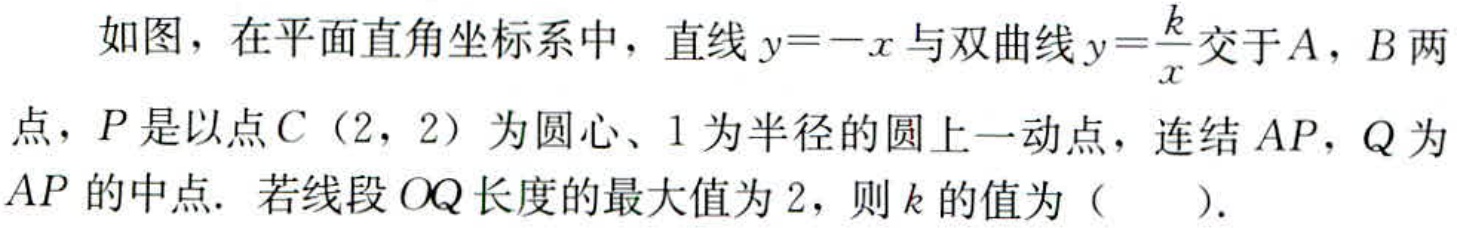
如图，在平面直角坐标系中，直线\(y = -x\)与双曲线\(y=\frac{k}{x}\)交于\(A\)，\(B\)两点，\(P\)是以点\(C(2,2)\)为圆心、\(1\)为半径的圆上一动点，连结\(AP\)，\(Q\)为\(AP\)的中点. 若线段\(OQ\)长度的最大值为\(2\)，则\(k\)的值为（  ）.